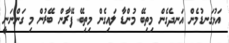
އަޅުގަނޑުމެން އަނދެގެން މިތިބޭ މުންޑާ ލައިގެން މިތިބޭ ފޭރާން ބޭރުން މި ގަންނަނީ